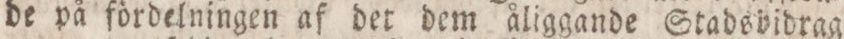
de på fördelningen af det dem åliggande Stadsbidrag